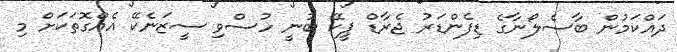
ދައްކަމުން ބާސެލޯނާގެ ޑިފެންޑަރު ޖެރާޑް ޕީކޭ ބުނީ ހުސްވި ސީޒަނެކޭ އެއްގޮތަކަށް މި